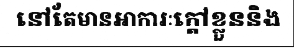
នៅតែមានអាការៈក្តៅខ្លួននិង